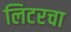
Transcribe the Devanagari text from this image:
लिटरचा